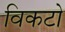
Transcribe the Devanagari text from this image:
विकटो